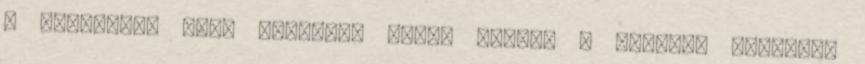
a verejték. hogy egyrészt féken tartsa a leányt, másrészt